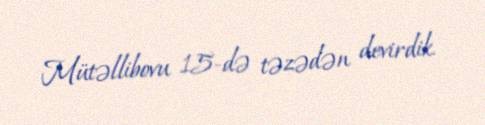
Mütəllibovu 15-də təzədən devirdik.